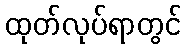
ထုတ်လုပ်ရာတွင်